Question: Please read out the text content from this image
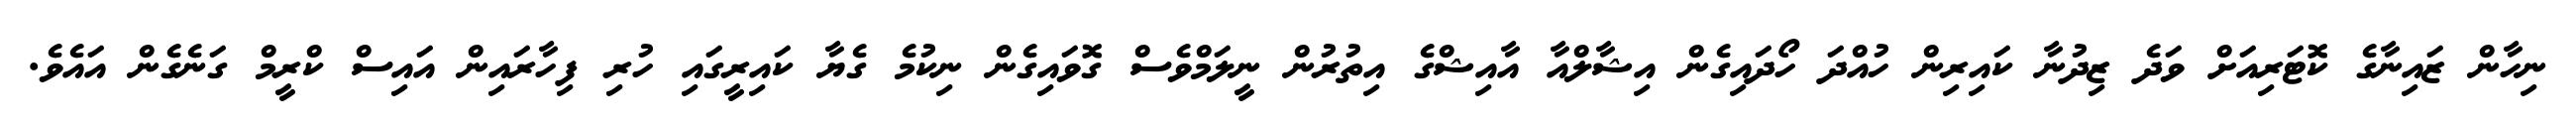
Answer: ނިހާން ޒައިނާގެ ކޮޓަރިއަށް ވަދެ ޒިދުނާ ކައިރިން ހުއްދަ ހޯދައިގެން އިޝާލްއާ އާއިޝްގެ އިތުރުން ނީލަމްވެސް ގޮވައިގެން ނިކުމެ ގެޔާ ކައިރީގައި ހުރި ފިހާރައިން އައިސް ކްރީމް ގަނެގެން އައެވެ.